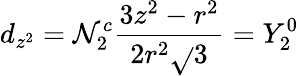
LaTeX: d_{z^{2}}=\mathcal{N}_{2}^{c}{\frac{{3z^{2}-r^{2}}}{{2r^{2}{\sqrt{}{{3}}}}}}=Y_{2}^{0}